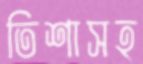
তিশাসহ